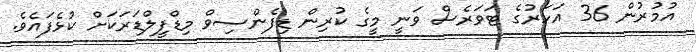
އުމުރުން 36 އަހަރުގެ ޓަވަރެސް ވަނީ މީގެ ކުރިން ޑިފެންސިވް މިޑްފީލްޑަރަކަށް ކުޅެފައެވެ.